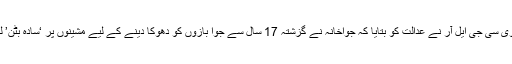
ریاستی ادارے وی سی جی ایل آر نے عدالت کو بتایا کہ جواخانہ نے گزشتہ 17 سال سے جوا بازوں کو دھوکا دینے کے لیے مشینوں پر ‘سادہ بٹن’ لگا رکھے تھے۔